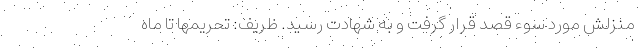
منزلش مورد سوء قصد قرار گرفت و به شهادت رسید. ظریف: تحریمها تا ماه